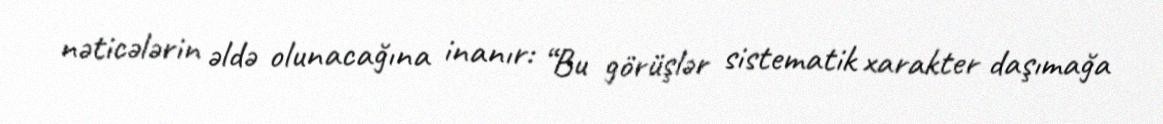
nəticələrin əldə olunacağına inanır: “Bu görüşlər sistematik xarakter daşımağa